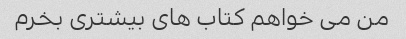
من می خواهم کتاب های بیشتری بخرم